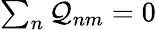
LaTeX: \begin{array}{r}{\sum_{n}\mathcal{Q}_{nm}=0}\end{array}